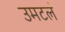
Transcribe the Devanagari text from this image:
उमटलं